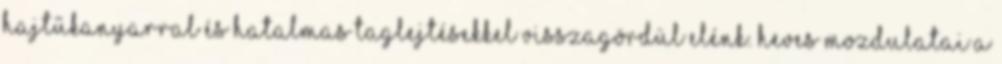
hajtűkanyarral és hatalmas taglejtésekkel visszagördül elénk. Heves mozdulatai a